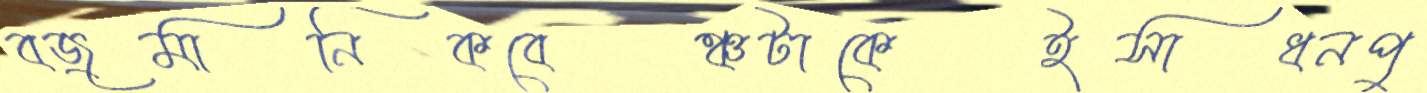
বজ্রমানিকবেঞ্চটাকেইসাধনপু